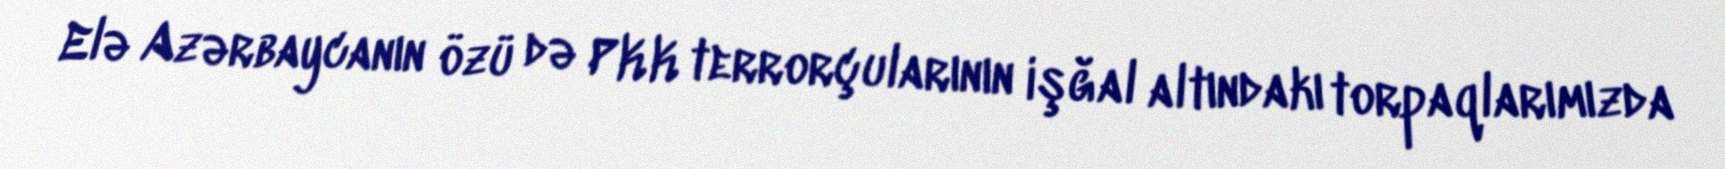
Elə Azərbaycanın özü də PKK terrorçularının işğal altındakı torpaqlarımızda